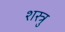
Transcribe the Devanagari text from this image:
शस्त्रु